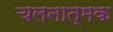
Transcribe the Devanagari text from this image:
चलनात्मक